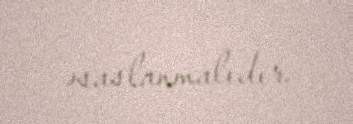
əsaslanmalıdır.